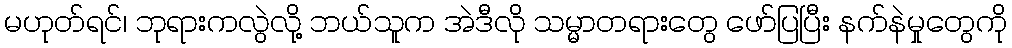
မဟုတ်ရင်၊ ဘုရားကလွဲလို့ ဘယ်သူက အဲဒီလို သမ္မာတရားတွေ ဖော်ပြပြီး နက်နဲမှုတွေကို